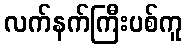
လက်နက်ကြီးပစ်ကူ